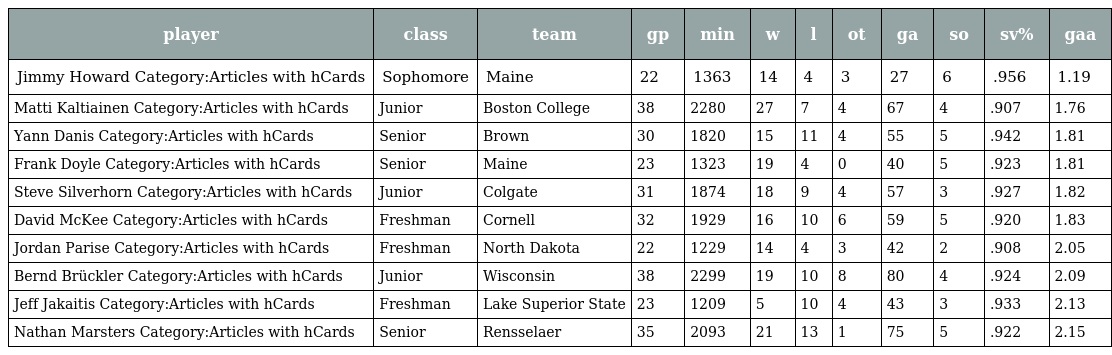
| player | class | team | gp | min | w | l | ot | ga | so | sv% | gaa |
 | --- | --- | --- | --- | --- | --- | --- | --- | --- | --- | --- | --- |
 | Jimmy Howard Category:Articles with hCards | Sophomore | Maine | 22 | 1363 | 14 | 4 | 3 | 27 | 6 | .956 | 1.19 |
 | Matti Kaltiainen Category:Articles with hCards | Junior | Boston College | 38 | 2280 | 27 | 7 | 4 | 67 | 4 | .907 | 1.76 |
 | Yann Danis Category:Articles with hCards | Senior | Brown | 30 | 1820 | 15 | 11 | 4 | 55 | 5 | .942 | 1.81 |
 | Frank Doyle Category:Articles with hCards | Senior | Maine | 23 | 1323 | 19 | 4 | 0 | 40 | 5 | .923 | 1.81 |
 | Steve Silverhorn Category:Articles with hCards | Junior | Colgate | 31 | 1874 | 18 | 9 | 4 | 57 | 3 | .927 | 1.82 |
 | David McKee Category:Articles with hCards | Freshman | Cornell | 32 | 1929 | 16 | 10 | 6 | 59 | 5 | .920 | 1.83 |
 | Jordan Parise Category:Articles with hCards | Freshman | North Dakota | 22 | 1229 | 14 | 4 | 3 | 42 | 2 | .908 | 2.05 |
 | Bernd Brückler Category:Articles with hCards | Junior | Wisconsin | 38 | 2299 | 19 | 10 | 8 | 80 | 4 | .924 | 2.09 |
 | Jeff Jakaitis Category:Articles with hCards | Freshman | Lake Superior State | 23 | 1209 | 5 | 10 | 4 | 43 | 3 | .933 | 2.13 |
 | Nathan Marsters Category:Articles with hCards | Senior | Rensselaer | 35 | 2093 | 21 | 13 | 1 | 75 | 5 | .922 | 2.15 |